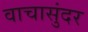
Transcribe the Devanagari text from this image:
वाचासुंदर